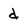
Character: d